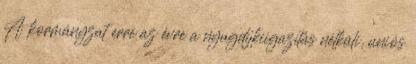
A kormányzat erre az évre a nyugdíjkiigazítás nélküli, uniós